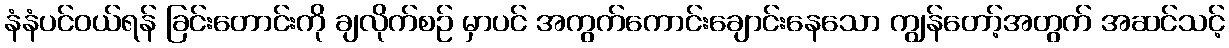
နံနံပင်ဝယ်ရန် ခြင်းတောင်းကို ချလိုက်စဉ် မှာပင် အကွက်ကောင်းချောင်းနေသော ကျွန်တော့်အတွက် အဆင်သင့်